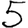
Digit: 5